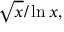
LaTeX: { \sqrt { x } } / \ln x ,